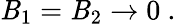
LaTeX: {\cal\mathit{B}}_{1}={\cal\mathit{B}}_{2}\rightarrow0\ .